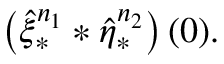
\left( \hat { \xi } _ { \ast } ^ { n _ { 1 } } \ast \hat { \eta } _ { \ast } ^ { n _ { 2 } } \right) ( 0 ) .